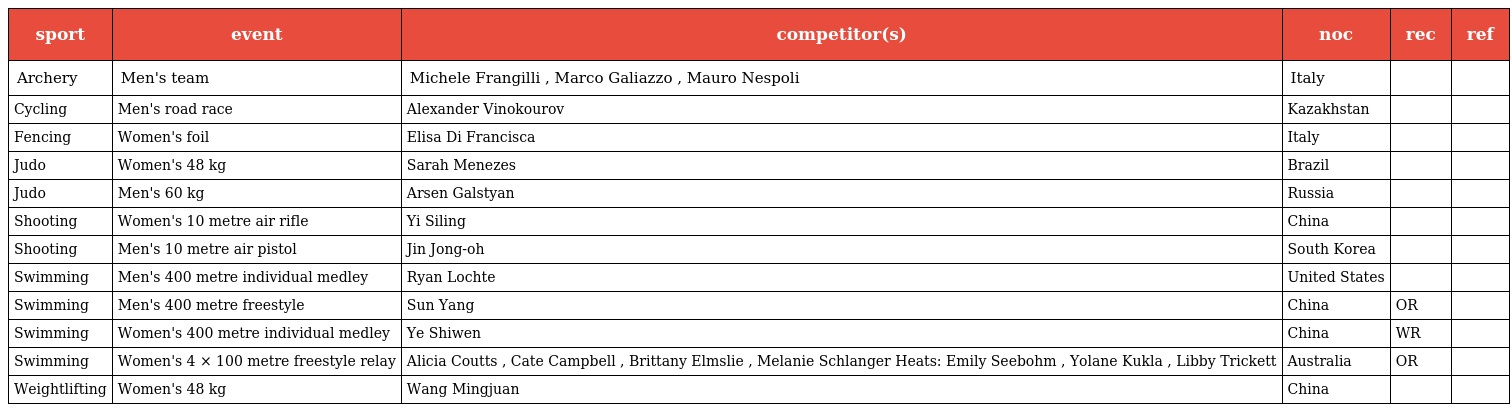
| sport | event | competitor(s) | noc | rec | ref |
 | --- | --- | --- | --- | --- | --- |
 | Archery | Men's team | Michele Frangilli , Marco Galiazzo , Mauro Nespoli | Italy |  |  |
 | Cycling | Men's road race | Alexander Vinokourov | Kazakhstan |  |  |
 | Fencing | Women's foil | Elisa Di Francisca | Italy |  |  |
 | Judo | Women's 48 kg | Sarah Menezes | Brazil |  |  |
 | Judo | Men's 60 kg | Arsen Galstyan | Russia |  |  |
 | Shooting | Women's 10 metre air rifle | Yi Siling | China |  |  |
 | Shooting | Men's 10 metre air pistol | Jin Jong-oh | South Korea |  |  |
 | Swimming | Men's 400 metre individual medley | Ryan Lochte | United States |  |  |
 | Swimming | Men's 400 metre freestyle | Sun Yang | China | OR |  |
 | Swimming | Women's 400 metre individual medley | Ye Shiwen | China | WR |  |
 | Swimming | Women's 4 × 100 metre freestyle relay | Alicia Coutts , Cate Campbell , Brittany Elmslie , Melanie Schlanger Heats: Emily Seebohm , Yolane Kukla , Libby Trickett | Australia | OR |  |
 | Weightlifting | Women's 48 kg | Wang Mingjuan | China |  |  |